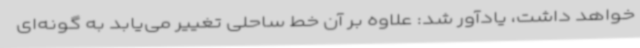
خواهد داشت، یادآور شد: علاوه بر آن خط ساحلی تغییر می‌یابد به گونه‌ای